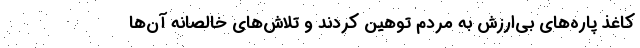
کاغذ پاره‌های بی‌ارزش به مردم توهین کردند و تلاش‌های خالصانه آن‌ها